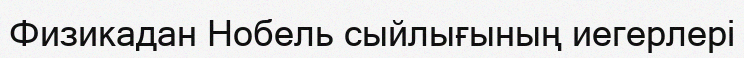
Физикадан Нобель сыйлығының иегерлері